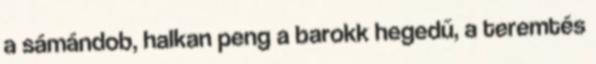
a sámándob, halkan peng a barokk hegedű, a teremtés